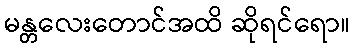
မန္တလေးတောင်အထိ ဆိုရင်ရော။